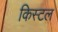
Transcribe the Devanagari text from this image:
किस्टल